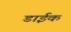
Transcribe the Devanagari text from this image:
डाईक